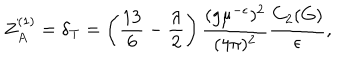
Z _ { A } ^ { ( 1 ) } = \delta _ { \mathrm { T } } = \left( \frac { 1 3 } 6 - \frac \lambda 2 \right) \frac { ( g \mu ^ { - \epsilon } ) ^ { 2 } } { ( 4 \pi ) ^ { 2 } } \frac { C _ { 2 } ( G ) } { \epsilon } ,